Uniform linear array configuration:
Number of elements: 32
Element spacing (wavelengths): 0.25
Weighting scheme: exponential
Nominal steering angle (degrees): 60
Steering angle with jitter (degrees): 60.482
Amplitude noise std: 0.05
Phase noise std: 0.05

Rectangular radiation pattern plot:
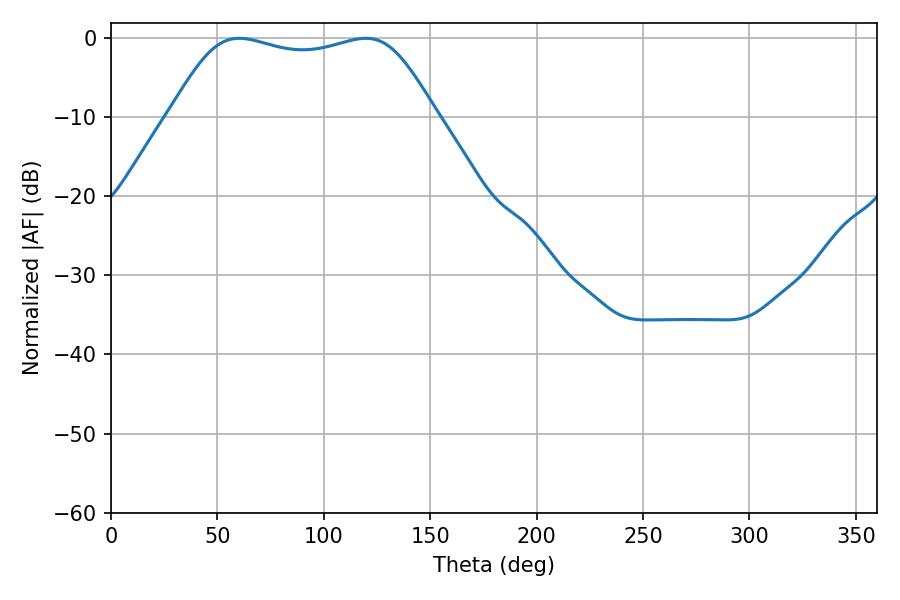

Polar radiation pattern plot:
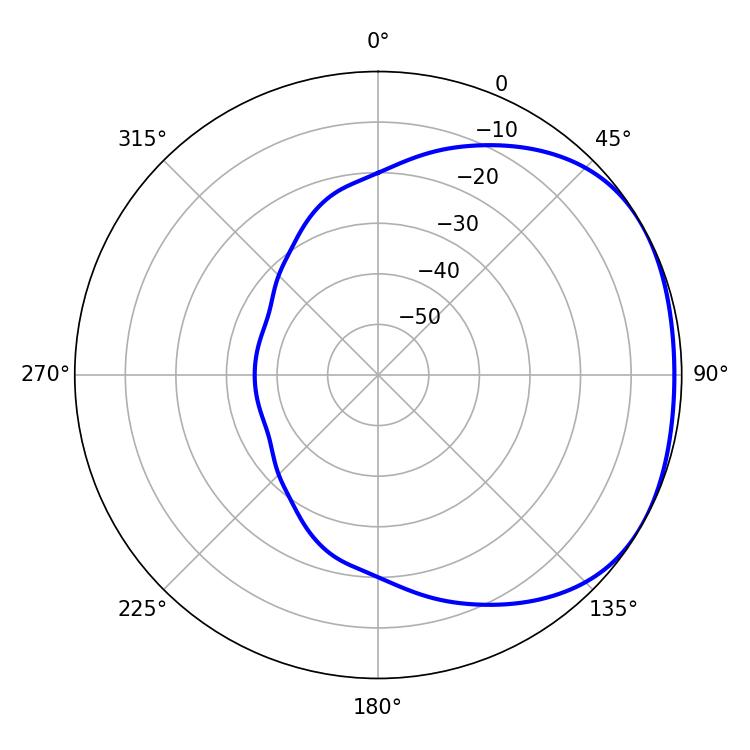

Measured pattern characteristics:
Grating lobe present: FALSE
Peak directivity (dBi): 1.749
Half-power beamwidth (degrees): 95.76
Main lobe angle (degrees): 60.3